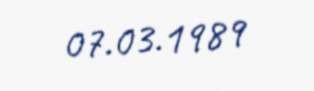
07.03.1989